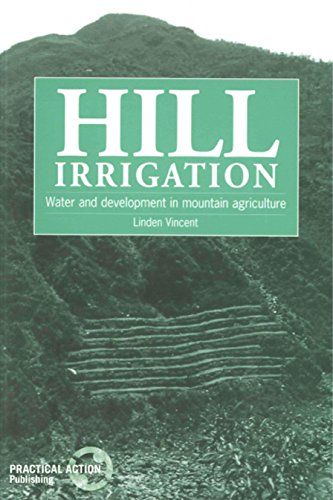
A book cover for Hill Irrigation; Linden Viincent; Science & Math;